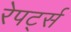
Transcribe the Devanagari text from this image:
रेपर्ट्स